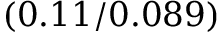
( 0 . 1 1 / 0 . 0 8 9 )